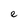
Character: e